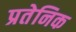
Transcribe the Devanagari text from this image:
प्रतेनिक